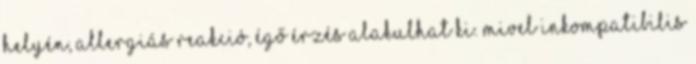
helyén, allergiás reakció, égő érzés alakulhat ki. Mivel inkompatibilis